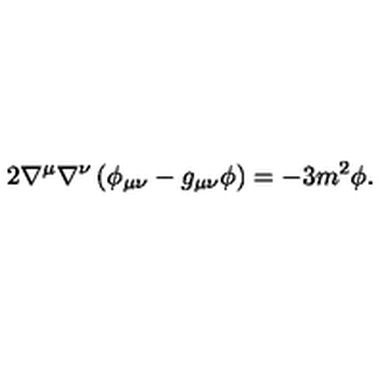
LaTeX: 2 \nabla ^ { \mu } \nabla ^ { \nu } \left( \phi _ { \mu \nu } - g _ { \mu \nu } \phi \right) = - 3 m ^ { 2 } \phi .